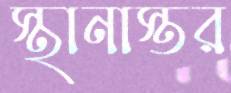
স্থানাস্তর